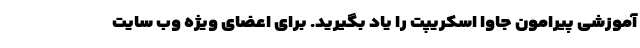
آموزشی پیرامون جاوا اسکریپت را یاد بگیرید. برای اعضای ویژه وب سایت